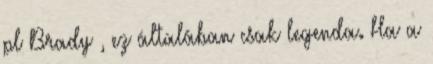
pl Brady , ez általában csak legenda. Ha a